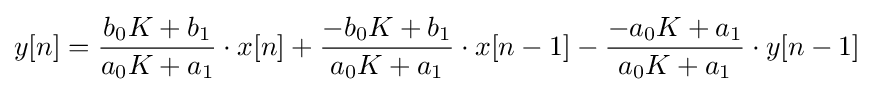
y[n]={\frac {b_{0}K+b_{1}}{a_{0}K+a_{1}}}\cdot x[n]+{\frac {-b_{0}K+b_{1}}{a_{0}K+a_{1}}}\cdot x[n-1]-{\frac {-a_{0}K+a_{1}}{a_{0}K+a_{1}}}\cdot y[n-1]\